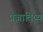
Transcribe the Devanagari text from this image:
प्रज्ञातिष्य